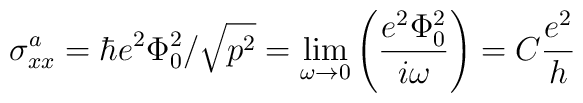
\sigma_{xx}^a=\hbar e^2\Phi_0^2/\sqrt{p^2}=\lim_{\omega\rightarrow 0}\left(\frac{e^2\Phi_0^2}{i\omega}\right)=C\frac{e^2}{h}